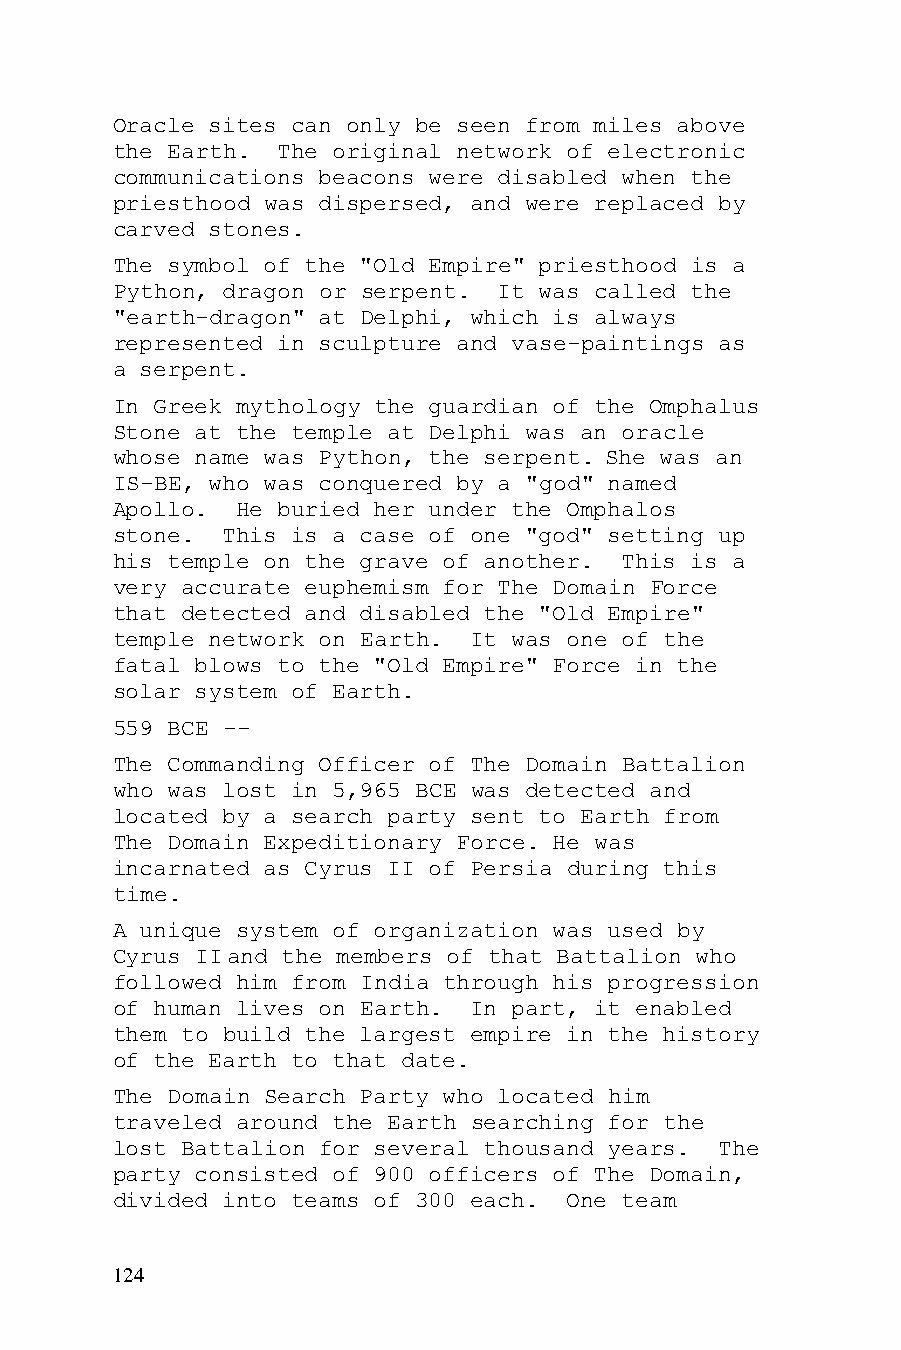
Oracle sites can only be seen from miles above
 the Earth. The original network of electronic
 communications beacons were disabled when the
 priesthood was dispersed, and were replaced by
 carved stones.
 The symbol of the "Old Empire" priesthood is a
 Python, dragon or serpent. It was called the
 "earth-dragon" at Delphi, which is always
 represented in sculpture and vase-paintings as
 a serpent.
 In Greek mythology the guardian of the Omphalus
 Stone at the temple at Delphi was an oracle
 whose name was Python, the serpent. She was an
 IS-BE, who was conquered by a "god" named
 Apollo.  He buried her under the Omphalos
 stone.  This is a case of one "god" setting up
 his temple on the grave of another. This is a
 very accurate euphemism for The Domain Force
 that detected and disabled the "Old Empire"
 temple network on Earth. It was one of the
 fatal blows to the "Old Empire" Force in the
 solar system of Earth.
 559 BCE --
 The Commanding Officer of The Domain Battalion
 who was lost in 5,965 BCE was detected and
 located by a search party sent to Earth from
 The Domain Expeditionary Force. He was
 incarnated as Cyrus II of Persia during this
 time.
 A unique system of organization was used by
 Cyrus II and the members of that Battalion who
 followed him from India through his progression
 of human lives on Earth. In part, it enabled
 them to build the largest empire in the history
 of the Earth to that date.
 The Domain Search Party who located him
 traveled around the Earth searching for the
 lost Battalion for several thousand years. The
 party consisted of 900 officers of The Domain,
 divided into teams of 300 each. One team
 124